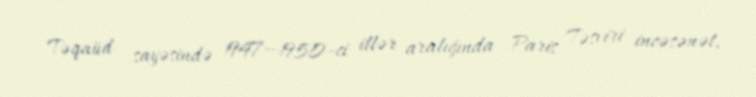
Təqaüd sayəsində 1947—1950-ci illər aralığında Paris Təsviri incəsənət,